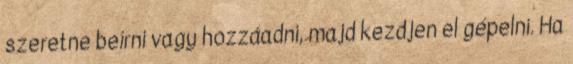
szeretne beírni vagy hozzáadni, majd kezdjen el gépelni. Ha